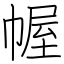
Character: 幄